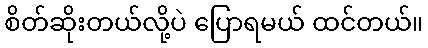
စိတ်ဆိုးတယ်လို့ပဲ ပြောရမယ် ထင်တယ်။